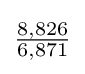
{\tfrac {8,826}{6,871}}